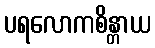
ပရလောကစိန္တာယ